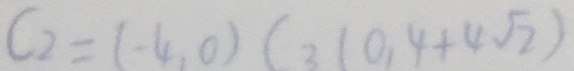
C _ { 2 } = ( - 4 , 0 ) C _ { 3 } ( 0 . 4 + 4 \sqrt { 2 } )